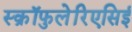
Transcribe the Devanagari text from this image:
स्क्रॉफुलेरिएसिई